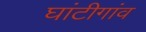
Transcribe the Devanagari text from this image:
घांटीगांव